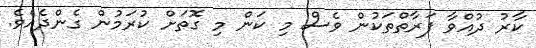
ކާރު ދުއްވާ ފަރާތްތަކުން ވެސް މި ކަން މި ގޮތަށް ކުރަމުން ގެންދެއެވެ.